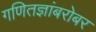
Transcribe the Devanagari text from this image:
गणितज्ञांबरोबर